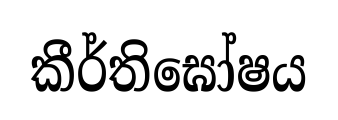
කීර්තිඝෝෂය